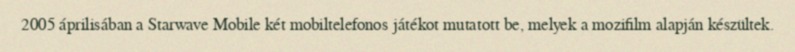
2005 áprilisában a Starwave Mobile két mobiltelefonos játékot mutatott be, melyek a mozifilm alapján készültek.